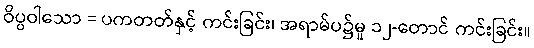
ဝိပ္ပဝါသော = ပကတတ်နှင့် ကင်းခြင်း၊ အရာမ်ပ၌မူ ၁၂-တောင် ကင်းခြင်း။